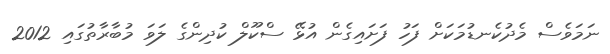
ނަމަވެސް މެދުކެނޑުމަކަށް ފަހު ފަށައިގެން އުޅޭ ސްކޫލް ކުދިންގެ ލަވަ މުބާރާތުގައި 2012